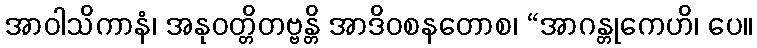
အာဝါသိကာနံ၊ အနုဝတ္တိတဗ္ဗန္တိ အာဒိဝစနတောစ၊ “အာဂန္တုကေဟိ၊ ပေ။